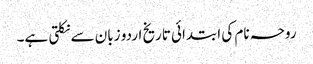
روحہ نام کی ابتدائی تاریخ اردو زبان سے نکلتی ہے۔